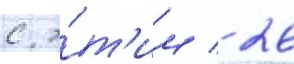
с э́т'им / 26